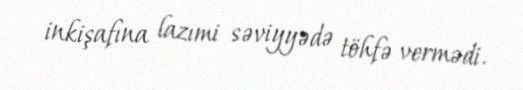
inkişafına lazımi səviyyədə töhfə vermədi.